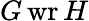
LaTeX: G\operatorname{wr}H